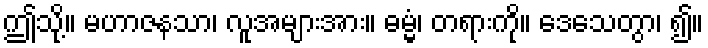
ဤသို့။ မဟာဇနသာ၊ လူအများအား။ ဓမ္မံ၊ တရားကို။ ဒေသေတွာ၊ ၍။